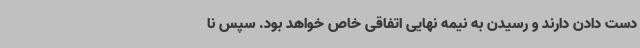
دست دادن دارند و رسیدن به نیمه نهایی اتفاقی خاص خواهد بود. سپس نا